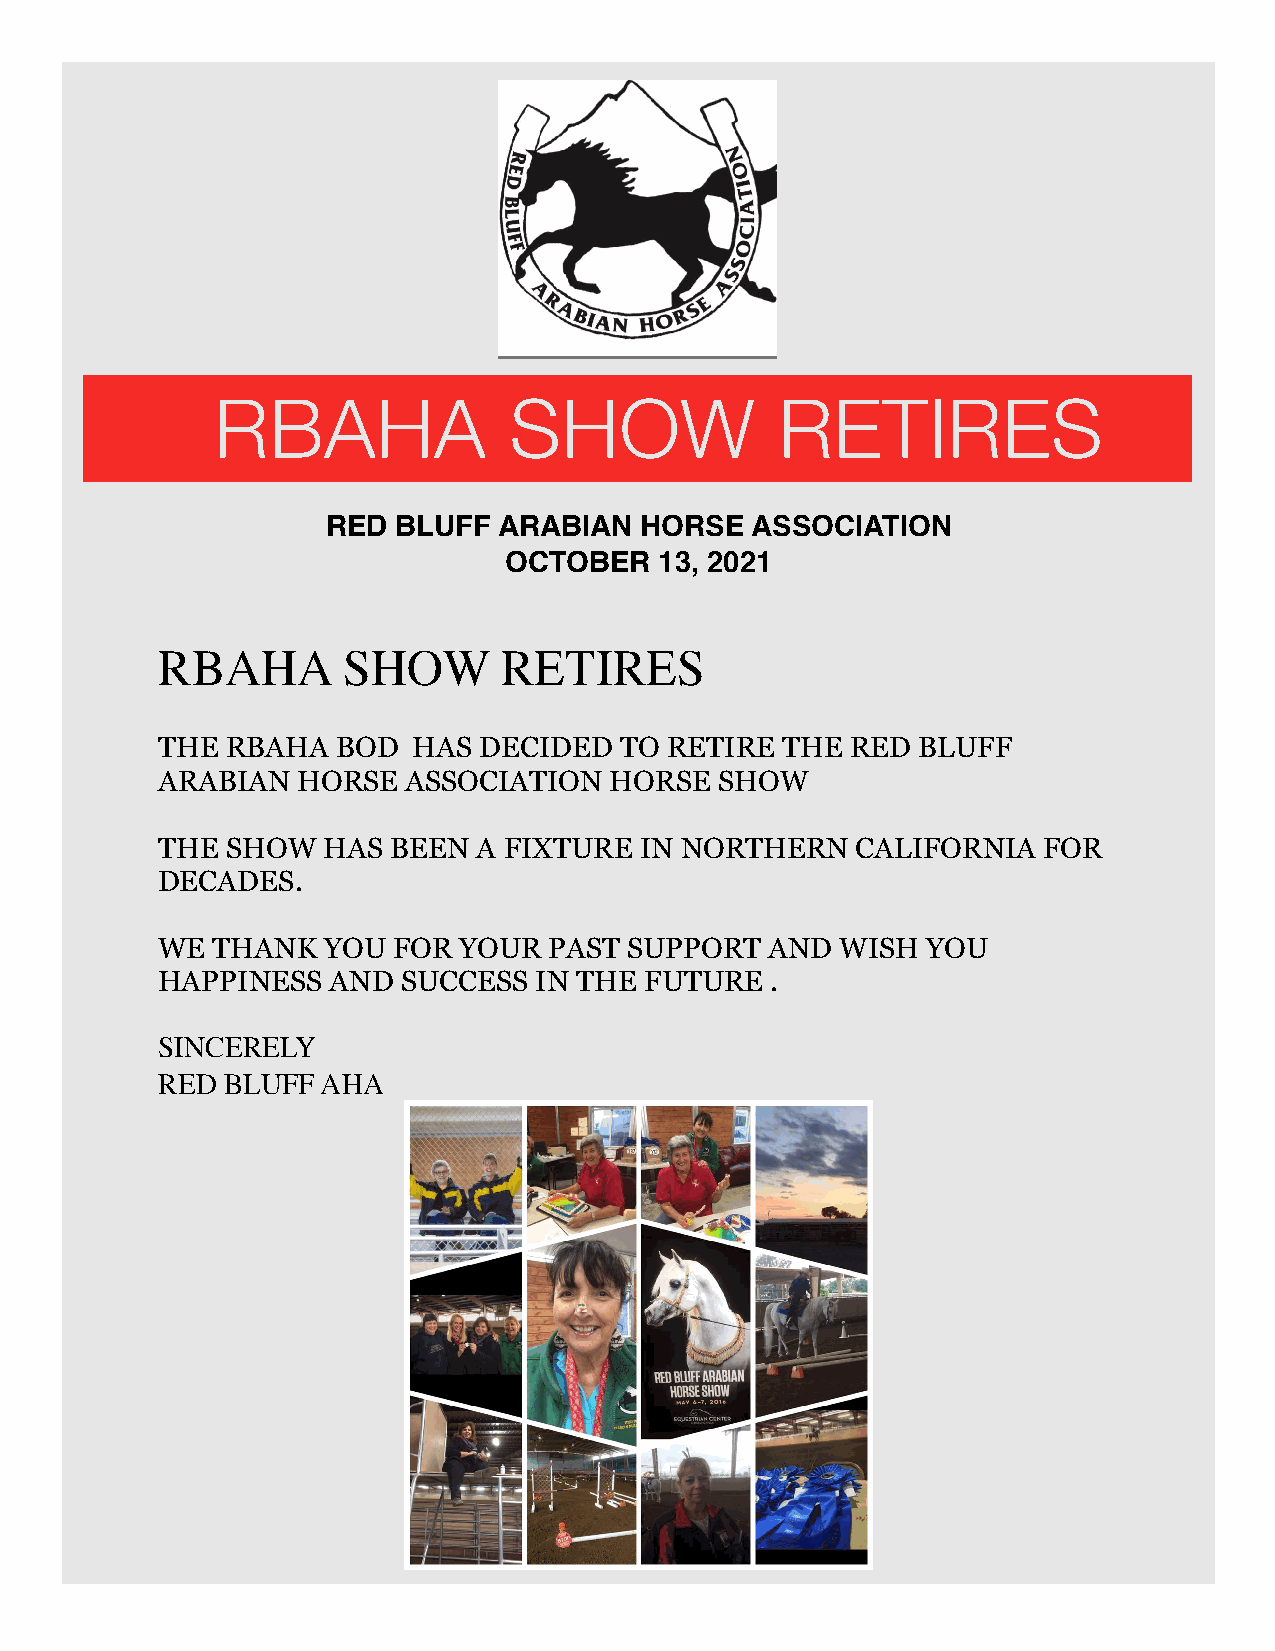
RBAHA               SHOW              RETIRES
 RED BLUFF  ARABIAN  HORSE   ASSOCIATION
 OCTOBER    13, 2021
 RBAHA        SHOW      RETIRES
 THE  RBAHA  BOD  HAS  DECIDED  TO RETIRE  THE RED  BLUFF
 ARABIAN   HORSE  ASSOCIATION  HORSE   SHOW
 THE  SHOW  HAS  BEEN  A FIXTURE IN NORTHERN    CALIFORNIA  FOR
 DECADES.
 WE  THANK  YOU  FOR YOUR  PAST  SUPPORT  AND  WISH YOU
 HAPPINESS   AND  SUCCESS IN THE  FUTURE  .
 SINCERELY
 RED  BLUFF AHA